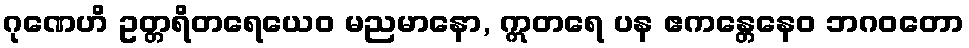
ဂုဏေဟိ ဥတ္တရိတရေယေဝ မညမာနော, ဣတရေ ပန ဧကန္တေနေဝ ဘဂဝတော